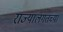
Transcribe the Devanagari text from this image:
राज्यालगतच्या